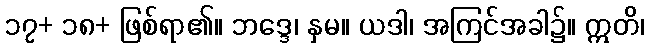
၁၇+ ၁၈+ ဖြစ်ရာ၏။ ဘဒ္ဒေ၊ နှမ။ ယဒါ၊ အကြင်အခါ၌။ ဣတိ၊